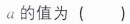
α的值为()